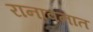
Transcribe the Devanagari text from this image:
रानावनात